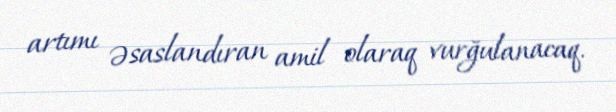
artımı əsaslandıran amil olaraq vurğulanacaq.